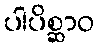
ပါပိစ္ဆာဝ